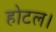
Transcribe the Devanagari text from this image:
होटल।